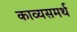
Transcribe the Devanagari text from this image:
काव्यसमर्थ